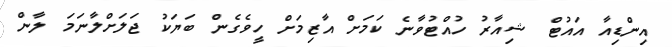
އިންޑިއާ އައުޓް ޝިއާރު ހުއްޓުވާނެ ކަމަށް އާޒިމަށް ހީވެގެން ބަޔަކު ޖަލަށްލާނަމަ ލާން